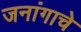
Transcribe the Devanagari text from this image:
जनांगाचे